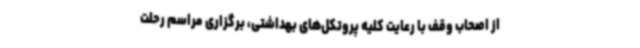
از اصحاب وقف با رعایت کلیه پروتکل‌های بهداشتی، برگزاری مراسم رحلت